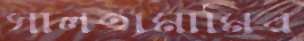
সালতামামির